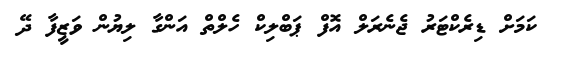
ކަމަށް ޑިރެކްޓަރު ޖެނެރަލް އޮފް ޕަބްލިކް ހެލްތް އަންގާ ލިޔުން ވަޒީފާ ދޭ